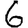
Digit: 6